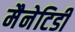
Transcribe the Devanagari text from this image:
मैनेटिडी